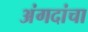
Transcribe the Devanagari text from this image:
अंगदांचा